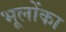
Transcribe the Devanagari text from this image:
भूलोंका